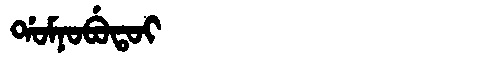
Manchu: ᡩᠣᠮᠨᠣᠪᡠᡨᠣᡳ
Romanization: DOMNOBUTOI